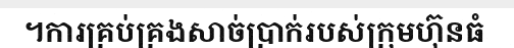
។ការគ្រប់គ្រងសាច់ប្រាក់របស់ក្រុមហ៊ុនធំ